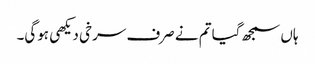
ہاں سمجھ گیا تم نے صرف سرخی دیکھی ہوگی۔